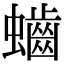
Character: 𪘅